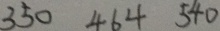
3 5 0 4 6 4 5 4 0